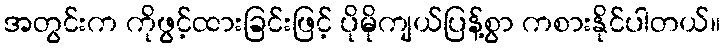
အတွင်းက ကိုဖွင့်ထားခြင်းဖြင့် ပိုမိုကျယ်ပြန့်စွာ ကစားနိုင်ပါတယ်။